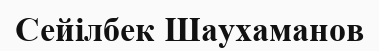
Сейілбек Шаухаманов